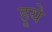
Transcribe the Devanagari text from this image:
हूये